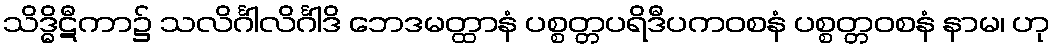
သိဒ္ဓိဋီကာ၌ သလိင်္ဂါလိင်္ဂါဒိ ဘေဒမတ္ထာနံ ပစ္စတ္တပရိဒီပကဝစနံ ပစ္စတ္တဝစနံ နာမ၊ ဟု